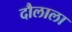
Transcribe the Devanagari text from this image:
दौलाला